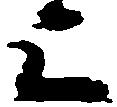
上